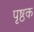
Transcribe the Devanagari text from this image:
पृष्ठक